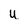
Character: U